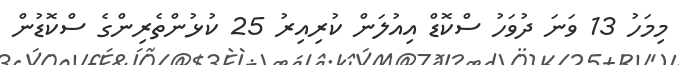
މިމަހު 13 ވަނަ ދުވަހު ސްކޮޑް އިއުލަން ކުރިއިރު 25 ކުޅުންތެރިންގެ ސްކޮޑުން